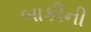
બાકીની